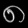
Digit: ၈